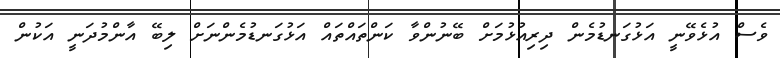
ވެސް އުޅެވޭނީ އަޅުގަނޑުމެން ދިރިއުޅުމަށް ބޭނުންވާ ކަންތައްތައް އަޅުގަނޑުމެންނަށް ލިބޭ އާންމުދަނީ އަކުން